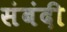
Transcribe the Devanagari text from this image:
संबंदी